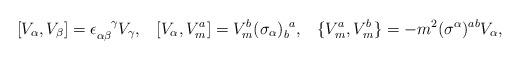
LaTeX: \begin{align*}[V_\alpha,V_\beta]=\epsilon_{\alpha\beta}^{~~~\!\gamma} V_\gamma, \;\;\; [V_\alpha,V_m^a]=V_m^b(\sigma_\alpha)_b^{~a}, \;\;\; \{V_m^a,V_m^b\}=-m^2(\sigma^\alpha)^{ab} V_\alpha,\end{align*}